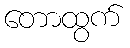
တောထွက်